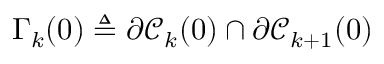
\Gamma _ { k } ( 0 ) \triangleq \partial \mathscr { C } _ { k } ( 0 ) \cap \partial \mathscr { C } _ { k + 1 } ( 0 )